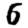
Digit: 6